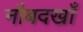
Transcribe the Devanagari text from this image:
नौबदखाँ